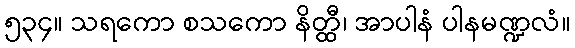
၅၃၄။ သရကော စသကော နိတ္ထီ၊ အာပါနံ ပါနမဏ္ဍလံ။